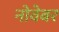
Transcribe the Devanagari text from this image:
नोवेबर